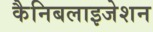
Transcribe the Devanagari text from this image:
कैनिबलाइजेशन